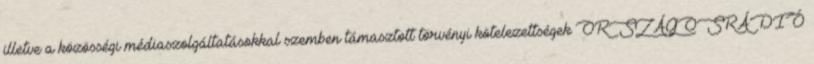
illetve a közösségi médiaszolgáltatásokkal szemben támasztott törvényi kötelezettségek ORSZÁGOSRÁDIÓ